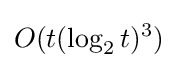
O(t(\log _{2}t)^{3})